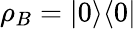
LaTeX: \rho_{B}=|0\rangle\langle 0|